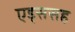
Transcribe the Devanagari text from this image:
एड्ससह